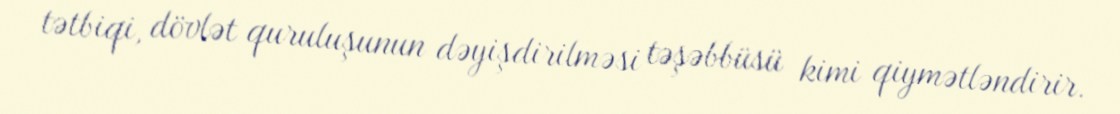
tətbiqi, dövlət quruluşunun dəyişdirilməsi təşəbbüsü kimi qiymətləndirir.